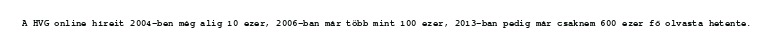
A HVG online híreit 2004-ben még alig 10 ezer, 2006-ban már több mint 100 ezer, 2013-ban pedig már csaknem 600 ezer fő olvasta hetente.